Leaving Certificate Examination (including Day School Certificate (Higher) General paper), 1938
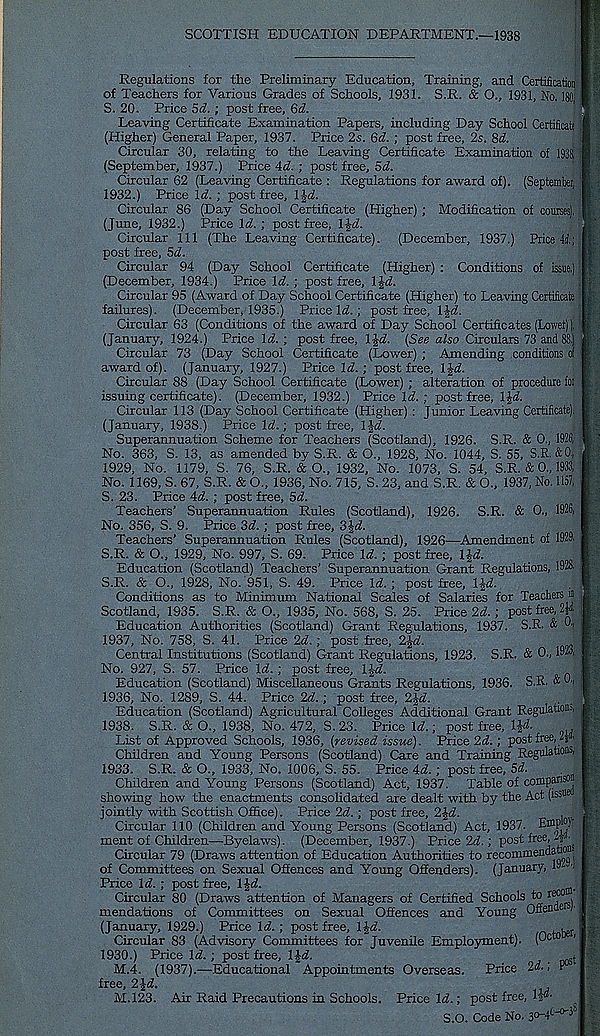
SCOTTISH EDUCATION DEPARTMENT.—1938
Regulations for the Preliminary Education, Training, and Certification
of Teachers for Various Grades of Schools, 1931. S.R. & O., 1931, No. 180, ;
S. 20. Price Sd. ; post free, 6d.
Leaving Certificate Examination Papers, including Day School Certificatt
(Higher) General Paper, 1937. Price 2s. 6d.; post free, 2s. 8d.
Circular 30, relating to the Leaving Certificate Examination of 1938,
(September, 1937.) Price 4d.; post free, 5d.
Circular 62 (Leaving Certificate : Regulations for award of). (September,
1932.
) Price W. ; post free, l£d.
Circular 86 (Day School Certificate (Higher) ; Modification of courses),
(June, 1932.) Price Id. ; post free, l£d.
Circular 111 (The Leaving Certificate). (December, 1937.) Price 41;
post free, 5d.
Circular 94 (Day School Certificate (Higher) : Conditions of issue,)
(December, 1934.) Price Id. ; post free, l$-d.
Circular 95 (Award of Day School Certificate (Higher) to Leaving Certificate
failures). (December, 1935.) Price W.; post free, \\d.
Circular 63 (Conditions of the award of Day School Certificates (Lower) I
(January, 1924.) Price Id. ; post free, \$d. {See also Circulars 73 and 88.)
Circular 73 (Day School Certificate (Lower) ; Amending conditions ol
award of). (January, 1927.) Price Id. ; post free, \§d.
Circular 88 (Day School Certificate (Lower) ; alteration of procedure foi
issuing certificate). (December, 1932.) Price Id. ; post free, l|d.
Circular 113 (Day School Certificate (Higher) : Junior Leaving Certificate).
(January, 1938.) Price \d.; post free, l%d.
Superannuation Scheme for Teachers (Scotland), 1926. S.R. & 0., 1926,
No. 363, S. 13, as amended by S.R. & O., 1928, No. 1044, S. 55, S.R. &0,
1929, No. 1179, S. 76, S.R. & O., 1932, No. 1073, S. 54, S.R. & 0„ 1933,
No. 1169, S. 67, S.R. & O., 1936, No. 715, S. 23, and S.R. & O., 1937, No. 1157,
S. 23. Price 4d. ; post free, Sd.
Teachers’ Superannuation Rules (Scotland), 1926. S.R. & 0., 1926,
No. 356, S. 9. Price 3d. ; post free, 3 %d.
Teachers’ Superannuation Rules (Scotland), 1926—Amendment of 1929.
S.R. & O., 1929, No. 997, S. 69. Price Id.; post free, l)jd.
Education (Scotland) Teachers’ Superannuation Grant Regulations, 1928,
S.R. & O., 1928, No. 951, S. 49. Price Id. ; post free, \\d.
Conditions as to Minimum National Scales of Salaries for Teachers m
Scotland, 1935. S.R. & O., 1935, No. 568, S. 25. Price 2d. ; post free,
Education Authorities (Scotland) Grant Regulations, 1937. S.R. & 0,
1937, No. 758, S. 41. Price 2d.; post free, 2%d.
Central Institutions (Scotland) Grant Regulations, 1923. S.R. & 0., 1923,
No. 927, S. 57. Price \d. ; post free, \\d.
Education (Scotland) Miscellaneous Grants Regulations, 1936. S.R. & ^
1936, No. 1289, S. 44. Price 2d. ; post free, 2\d.
Education (Scotland) Agricultural Colleges Additional Grant Regulations,
1938. S.R. & O., 1938, No. 472, S. 23. Price Id.; post free, l^.
List of Approved Schools, 1936, [revised issue). Price 2d. ; post free, 21®.
Children and Young Persons (Scotland) Care and Training Regulations,
1933. S.R. & O., 1933, No. 1006, S. 55. Price 4d. ; post free, 5d.
Children and Young Persons (Scotland) Act, 1937. Table of comparison
showing how the enactments consolidated are dealt with by the Act (issue
jointly with Scottish Office). Price 2d. ; post free, 2|d.
Circular 110 (Children and Young Persons (Scotland) Act, 1937. Employ
ment of Children—Byelaws). (December, 1937.) Price 2d.; post free,
Circular 79 (Draws attention of Education Authorities to recommendations
of Committees on Sexual Offences and Young Offenders). (January, 19- ' )
Price Id. ; post free, lid.
Circular 80 (Draws attention of Managers of Certified Schools to reoo
mendations of Committees on Sexual Offences and Young Offenae
(January, 1929.) Price Id. ; post free, l|d.
Circular 83 (Advisory Committees for Juvenile Employment). (O^0
1930.
) Price Id. ; post free, IJd.
M.4. (1937).—Educational Appointments Overseas. Price 2d.; P 03
free, 2-£d.
M.123. Air Raid Precautions in Schools. Price Id.; post free, IJ®.
S.O. Code No. so-p' 0 ' 3 "
i
■